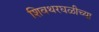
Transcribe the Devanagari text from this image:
शिवथरघळीच्या